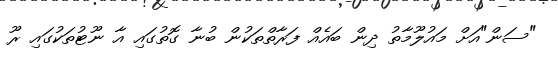
"ސަން"އަށް މައުލޫމާތު ދިން ބައެއް ފަރާތްތަކުން ބުނާ ގޮތުގައި އާ ނޫޓުތަކުގައި ރޫ